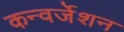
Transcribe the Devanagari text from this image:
कन्वर्जेशन